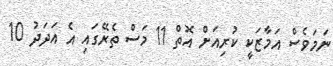
ނަމަވެސް އަމާޒަކީ ކުރިއަށް އޮތް 11 މަސް ތެރޭގައި އެ އަދަދު 10